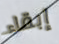
إبقاء